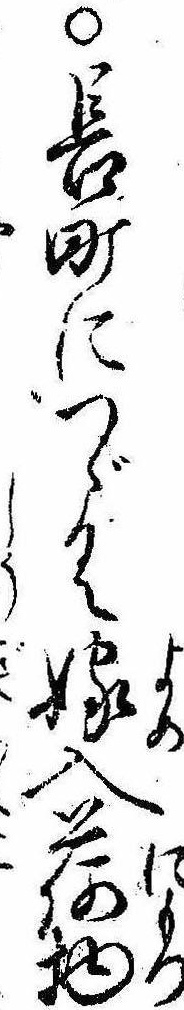
○長町につゞく嫁入荷物